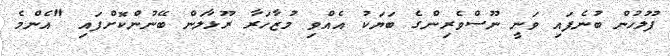
ފުލުހުން ބުނެފައި ވަނީ ނޫސްވެރިންގެ ބަޔަކު އެއްވި މުޒާހަރާ ރޫޅާލަން ބޭނުންކޮށްފައި "އެންމެ